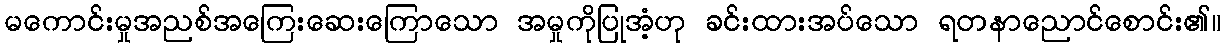
မကောင်းမှုအညစ်အကြေးဆေးကြောသော အမှုကိုပြုအံ့ဟု ခင်းထားအပ်သော ရတနာညောင်စောင်း၏။